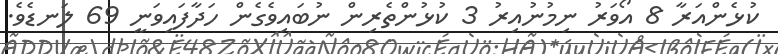
ކުޅެންއަރާ 8 އޯވަރު ނިމުނުއިރު 3 ކުޅުންތެރިން ނުބައިވެގެން ހަދާފައިވަނީ 69 ލަނޑެވެ.